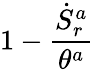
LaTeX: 1-\frac{\dot{S}_{r}^{a}}{\theta^{a}}